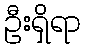
ဦးရှိရာ